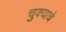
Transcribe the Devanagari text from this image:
चुक्याचे